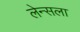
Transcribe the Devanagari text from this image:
लेन्सला